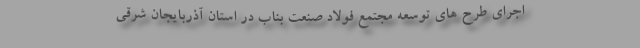
اجرای طرح های توسعه مجتمع فولاد صنعت بناب در استان آذربایجان شرقی